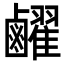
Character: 䴞